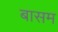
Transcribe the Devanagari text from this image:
बासम